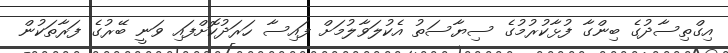
އިގްތިސާދުގެ ބިންގާ ފުޅާކުރުމުގެ ސިޔާސަތު އެކުލަވާލުމަށް ފައިސާ ހަރަދުކޮށްފައި ވަނީ ބޭރުގެ ފަރާތަކުން